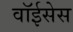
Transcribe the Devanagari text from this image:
वॉईसेस